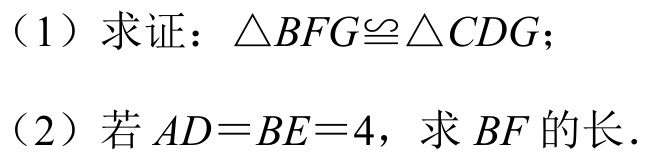
（1）求证：\(\triangle BFG\cong\triangle CDG\)；
（2）若 \(AD = BE = 4\)，求 \(BF\) 的长．